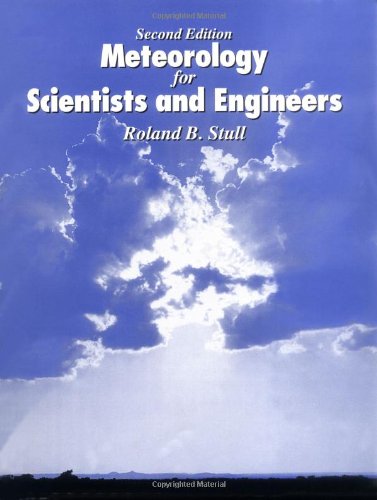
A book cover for Meteorology for Scientists and Engineers; Roland B. Stull; Science & Math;